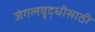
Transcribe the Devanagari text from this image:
जंगलवृद्धीसाठी